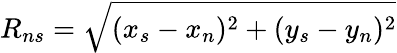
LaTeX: R_{ns}=\sqrt{(x_{s}-x_{n})^{2}+(y_{s}-y_{n})^{2}}